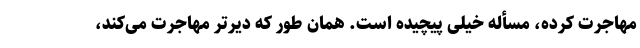
مهاجرت کرده، مسأله خیلی پیچیده است. همان طور که دیرتر مهاجرت می‌کند،